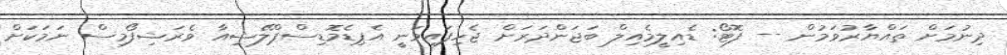
ދިނުމަށް ތައްޔާރުވަމުން -- ފޮޓޯ: ޑެއިލީމެއިލް ބަޖަންދަރަށް ޖެހިފައިވަނީ އެޕިޑެމޮޑިސްޕްލޭޝިއާ ވެރަޝިފޯމިސް ނަމަކަށް